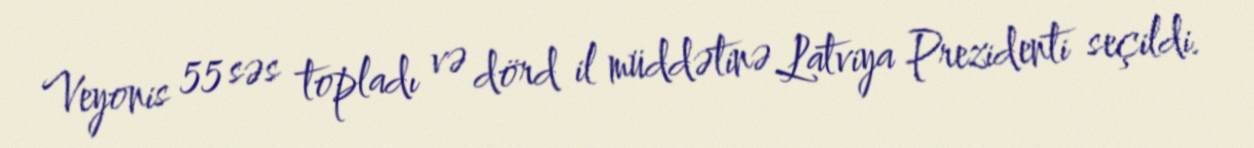
Veyonis 55 səs topladı və dörd il müddətinə Latviya Prezidenti seçildi.